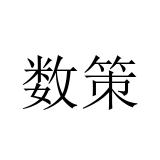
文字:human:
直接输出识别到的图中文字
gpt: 数策